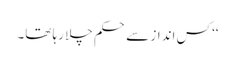
‘‘ کس انداز سے حکم چلا رہا تھا۔